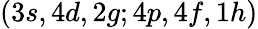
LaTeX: (3s,4d,2g;4p,4f,1h)